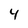
Character: 4